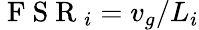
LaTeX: \mathrm{~F~S~R~}_{i}=v_{g}/L_{i}